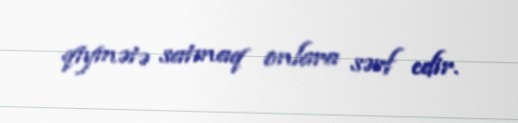
qiymətə satmaq onlara sərf edir.